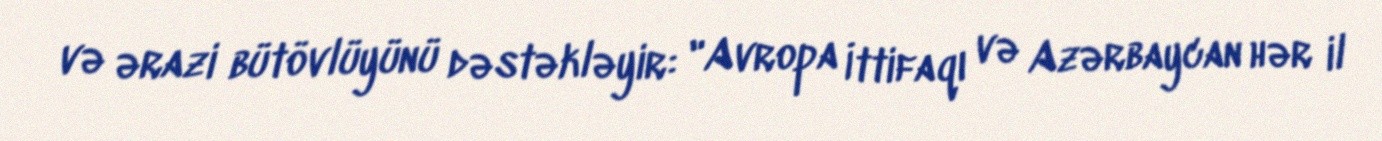
və ərazi bütövlüyünü dəstəkləyir: "Avropa İttifaqı və Azərbaycan hər il